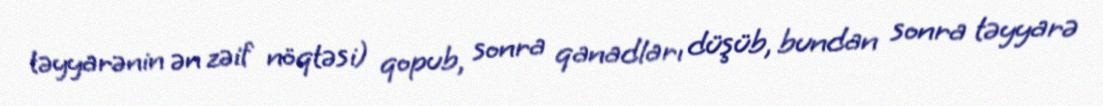
təyyarənin ən zəif nöqtəsi) qopub, sonra qanadları düşüb, bundan sonra təyyarə